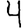
Digit: 4